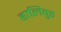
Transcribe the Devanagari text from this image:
हालिवुड